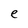
Character: e